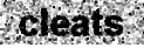
cleats